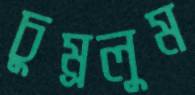
চুম্‌রলুম